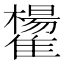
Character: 𩁒